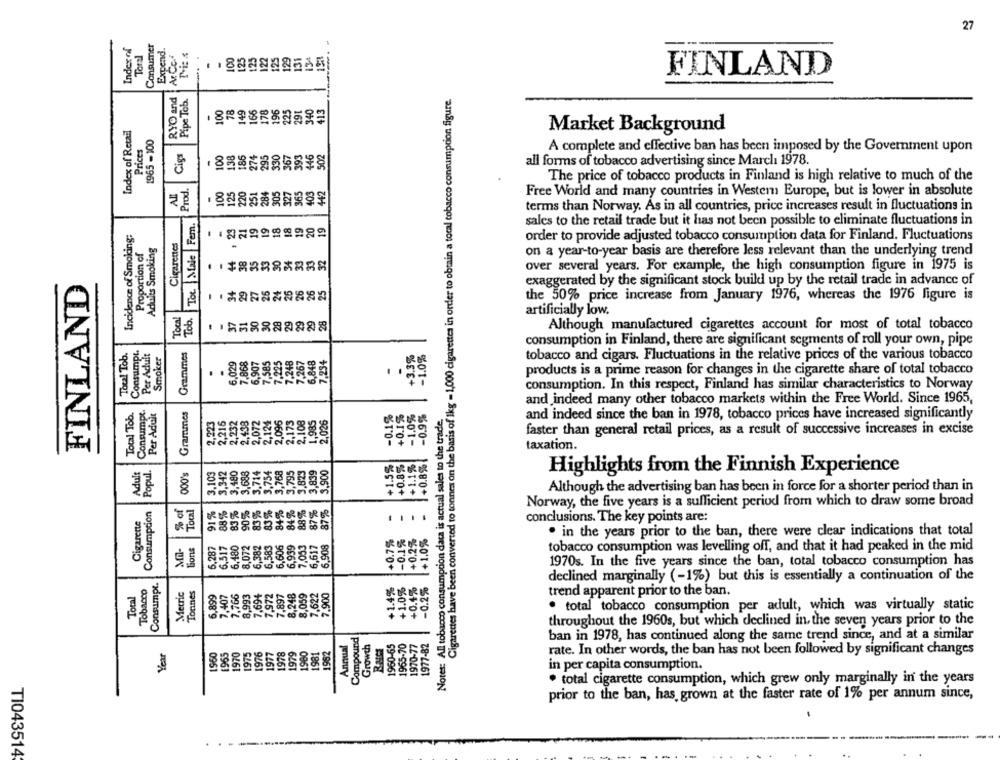
27
Toral
Expend.
Ar Ce
100
125
125
FINLAND
RYO and
Pipe Tob.
Cigarettes have been converted to tonnes on the basis of Ikg = 1,000 cigarettes in order to obtain a tocal tobacco consumption figure.
78
149
166
178
196
340
.
100
225
291
413
Index of Retail
Market Background
1965-100
Prices
100
Cig
138
185
274
295
330
367
393
446
02
A complete and effective ban has been imposed by the Government upon
all forms of tobacco advertising since March1 1978.
100
220
251
284
305
The price of tobacco products in Finland is high relative to much of the
Prod.
125
327
365
403
442
Free World and many countries in Western Europe, but is lower in absolute
terms than Norway. As in all countries, price increases result in fluctuations in
Toc. Maie Fem.
19
19
18
18
19
sales to the retail trade but it has not been possible to eliminate fluctuations in
Incidence of Smoking:
23
21
20
19
order to provide adjusted tobacco consumption data for Finland. Fluctuations
Achules Smoking
Cigarettes
Proportion of
on a year-to-year basis are therefore less relevant than the underlying trend
33
34
33
33
32
over several years. For example, the high consumption figure in 1975 is
FINLAND
exaggerated by the significant stock build up by the retail trade in advance of
34
27
25
24
25
26
26
25
the 50% price increase from January 1976, whereas the 1976 figure is
Tocal
Tob.
30
artificially low.
37
31
30
28
29
29
29
28
Although manufactured cigarettes account for most of total tobacco
Grammes
consumption in Finland, there are significant segments of roll your own, pipe
Total Tob.
Consumpl.
Per Adult
Smoker
+3.3%
-1.0%
7,234
tobacco and cigars. Fluctuations in the relative prices of the various tobacco
-
products is a prime reason for changes in the cigarette share of total tobacco
..
7776
consumption. In this respect, Finland has similar characteristics to Norway
Grammes
Notes: All tobacco consumption data is actual sales to the trade.
and indeed many other tobacco markets within the Free World. Since 1965,
Total Tob.
Consumpt
Per Aduit
2,173
-0.1%%
+0.1%
-0.9%
2.232
2,026
and indeed since the ban in 1978, tobacco prices have increased significantly
faster than general retail prices, as a result of successive increases in excise
taxation.
+0.8%
+1.1%
Adult
Popul.
+1.5%
000's
3,480
Highlights from the Finnish Experience
Although the advertising ban has been in force for a shorter period than in
84%
87%
Norway, the five years is a sufficient period from which to draw some broad
Consumption
% of
Total
83%
84%
88%
87%
Cigarette
conclusions. The key points are:
+0.7%
-0.1%
1+1.0%
. in the years prior to the ban, there were clear indications that total
Mi-
Tions
,287
tobacco consumption was levelling off, and that it had peaked in the mid
8868
1970s. In the five years since the ban, total tobacco consumption has
Consumpt.
+1.0%
-0.2%
declined marginally (-1%) but this is essentially a continuation of the
Tobacco
Metric
+1.4%
+0.4%
Total
6,899
trend apparent prior to the ban.
. total tobacco consumption per adult, which was virtually static
throughout the 1960s, but which declined in, the seven years prior to the
Compound
Annual
Growth
Bases
1960-65
1965-70
1970-77
1977-82
ban in 1978, has continued along the same trend since, and at a similar
Year
1950
1965
1970
1975
1976
1977
1978
1979
1980
1981
1962
rate. In other words, the ban has not been followed by significant changes
in per capita consumption.
. total cigarette consumption, which grew only marginally in the years
prior to the ban, has grown at the faster rate of 1% per annum since,
TI043514